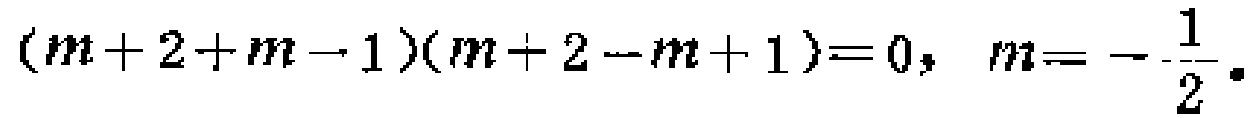
\((m + 2 + m - 1)(m + 2 - m + 1)=0,\ m = -\frac{1}{2}.\)